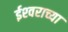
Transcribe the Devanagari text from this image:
ईश्‍वराच्या